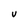
Character: U